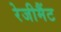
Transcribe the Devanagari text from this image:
रेजीमैंट